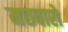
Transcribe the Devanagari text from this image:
मछवारों